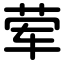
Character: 荤